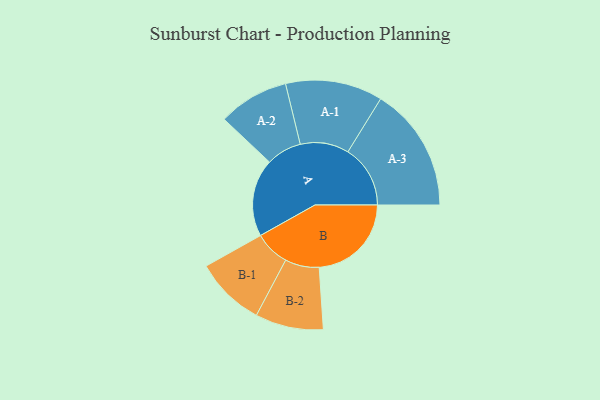
{"axis": {"x": "Segment", "y": "Value"}, "legend": ["", "A", "B"], "data": [{"x": "A", "y": 310, "type": ""}, {"x": "B", "y": 368, "type": ""}, {"x": "A-1", "y": 194, "type": "A"}, {"x": "A-2", "y": 141, "type": "A"}, {"x": "A-3", "y": 249, "type": "A"}, {"x": "B-1", "y": 140, "type": "B"}, {"x": "B-2", "y": 136, "type": "B"}]}